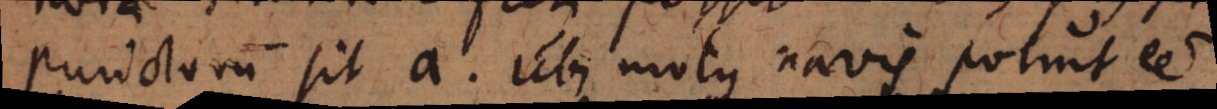
punctorum sit a ubi motus navis potuit esse